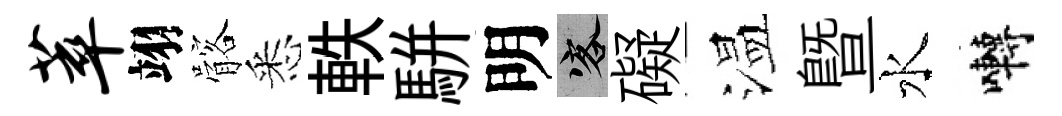
萃翊髂悉軼駢明客礙温暨水囀